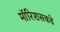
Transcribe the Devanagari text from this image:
मॉरिशसकडे